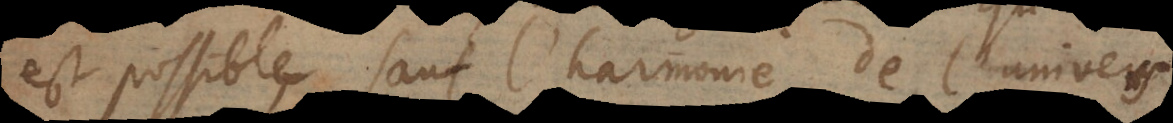
est possible, sauf l’harmonie de l’univers